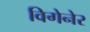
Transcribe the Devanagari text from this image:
विगेनेर